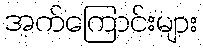
အက်ကြောင်းများ